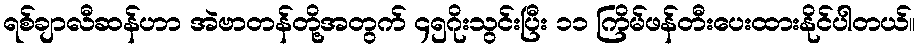
ရစ်ချာလီဆန်ဟာ အဲဗာတန်တို့အတွက် ၄၅ဂိုးသွင်းပြီး ၁၁ ကြိမ်ဖန်တီးပေးထားနိုင်ပါတယ်။